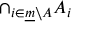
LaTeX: \cap _ { i \in { \underline { { m } } } \setminus A } A _ { i }